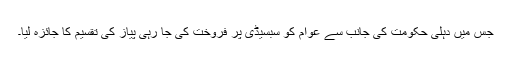
جس میں دہلی حکومت کی جانب سے عوام کو سبسیڈی پر فروخت کی جا رہی پیاز کی تقسیم کا جائزہ لیا۔